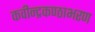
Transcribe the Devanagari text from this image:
कवीन्द्रकण्ठाभरण